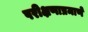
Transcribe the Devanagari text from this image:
परीक्षणाप्रमाणे